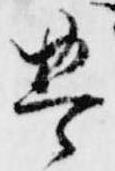
豊